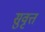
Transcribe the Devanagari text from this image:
सुवृत्त